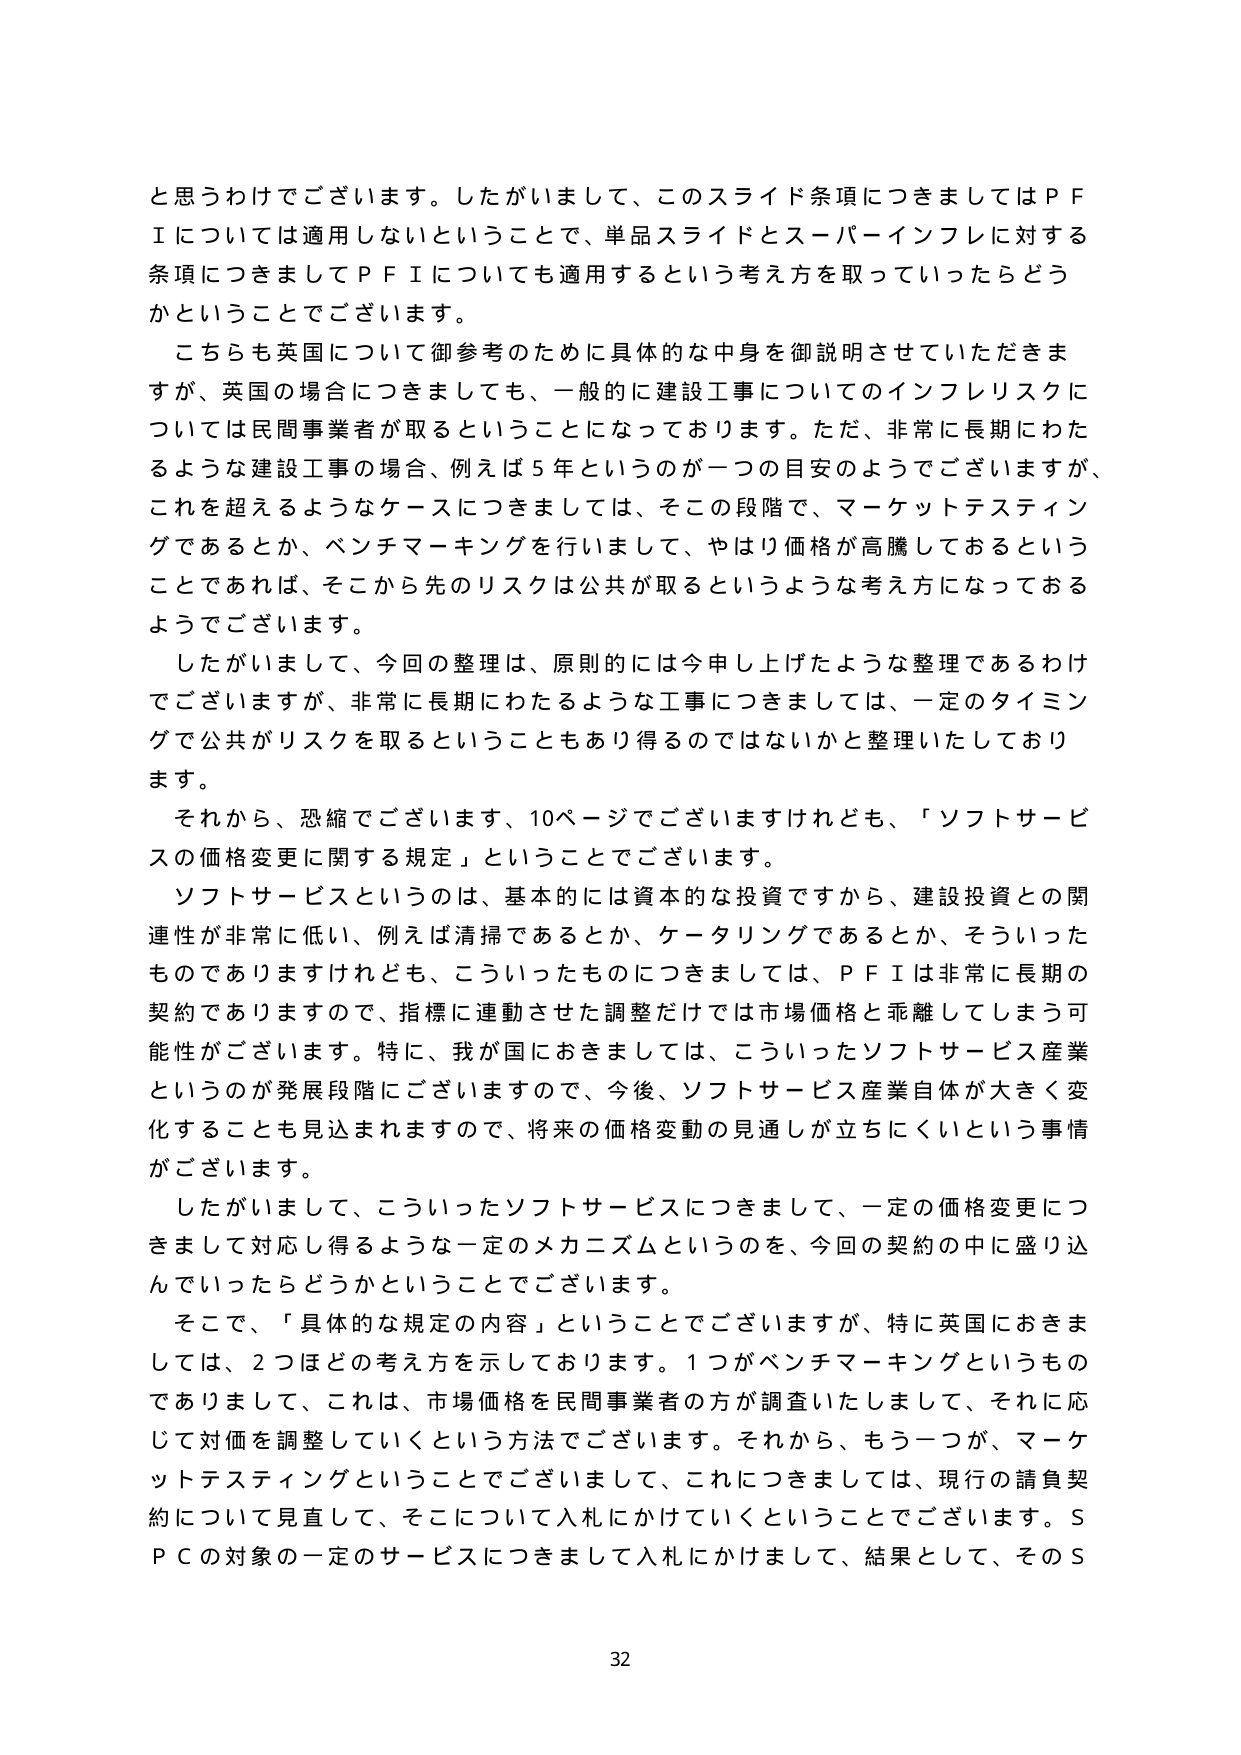
と思うわけでございます。したがいまして、このスライド条項につきましてはＰＦＩについては適用しないということで、単品スライドとスーパーインフレに対する条項につきましてＰＦＩについても適用するという考え方を取っていったらどうかということでございます。

こちらも英国について御参考のために具体的な中身を御説明させていただきますが、英国の場合につきましても、一般的に建設工事についてのインフレリスクについては民間事業者が取るということになっております。ただ、非常に長期にわたるような建設工事の場合、例えば５年というのが一つの目安のようでございますが、これを超えるようなケースにつきましては、そこの段階で、マーケットテスティングであるとか、ベンチマーキングを行いまして、やはり価格が高騰しておるということであれば、そこから先のリスクは公共が取るというような考え方になっておるようでございます。

したがいまして、今回の整理は、原則的には今申し上げたような整理であるわけでございますが、非常に長期にわたるような工事につきましては、一定のタイミングで公共がリスクを取るということもあり得るのではないかと整理いたしております。

それから、恐縮でございます、10ページでございますけれども、「ソフトサービスの価格変更に関する規定」ということでございます。

ソフトサービスというのは、基本的には資本的な投資ですから、建設投資との関連性が非常に低い、例えば清掃であるとか、ケータリングであるとか、そういったものでありますけれども、こういったものにつきましては、ＰＦＩは非常に長期の契約でありますので、指標に連動させた調整だけでは市場価格と乖離してしまう可能性がございます。特に、我が国におきましては、こういったソフトサービス産業というのが発展段階にございますので、今後、ソフトサービス産業自体が大きく変化することも見込まれますので、将来の価格変動の見通しが立ちにくいという事情がございます。

したがいまして、こういったソフトサービスにつきまして、一定の価格変更につきまして対応し得るような一定のメカニズムというのを、今回の契約の中に盛り込んでいったらどうかということでございます。

そこで、「具体的な規定の内容」ということでございますが、特に英国におきましては、2つほどの考え方を示しております。1つがベンチマーキングというものでありまして、これは、市場価格を民間事業者の方が調査いたしまして、それに応じて対価を調整していくという方法でございます。それから、もう一つが、マーケットテスティングということでございまして、これにつきましては、現行の請負契約について見直して、そこについて入札にかけていくということでございます。ＳＰＣの対象の一定のサービスにつきまして入札にかけまして、結果として、そのＳ

32